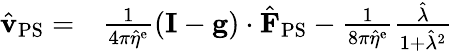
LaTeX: \begin{array}{rl}{\hat{\mathbf{v}}_{\mathrm{PS}}=}&{{}\frac{1}{4\pi\hat{\eta}^{\mathrm{e}}}(\mathbf{I}-\mathbf{g})\cdot\hat{\mathbf{F}}_{\mathrm{PS}}-\frac{1}{8\pi\hat{\eta}^{\mathrm{e}}}\frac{\hat{\lambda}}{1+\hat{\lambda}^{2}}}\end{array}